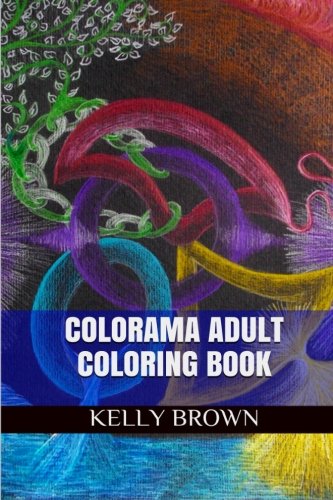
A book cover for Colorama Adult Coloring Book: Colorama Coloring Book; Kelly Brown; Religion & Spirituality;